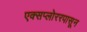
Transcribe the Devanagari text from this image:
एक्सप्लोररपासून